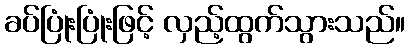
ခပ်ပြုံးပြုံးဖြင့် လှည့်ထွက်သွားသည်။